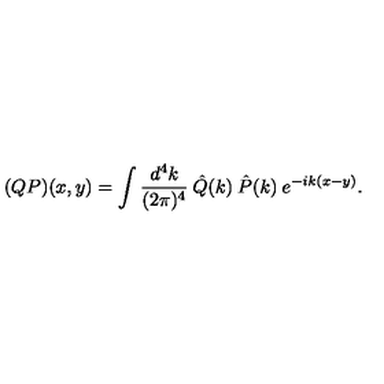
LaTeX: ( Q P ) ( x , y ) = \int \frac { d ^ { 4 } k } { ( 2 \pi ) ^ { 4 } } \: \hat { Q } ( k ) \: \hat { P } ( k ) \: e ^ { - i k ( x - y ) } .